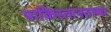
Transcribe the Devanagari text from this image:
पाकिस्तानतल्या